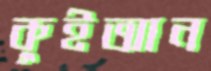
কুইআন